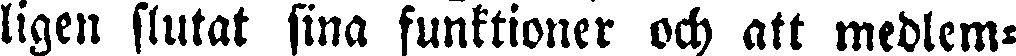
ligen slutat sina funktioner och att medlem-